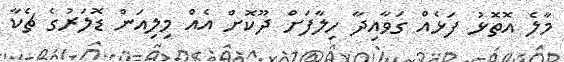
މާލެ އޮތޮޅު ފަޅެއް ގަވާއިދާ ހިލާފަށް ދޫކޮށް އެއް މިލިއަން ޑޮލަރުގެ ޗެކާ